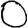
Digit: 0